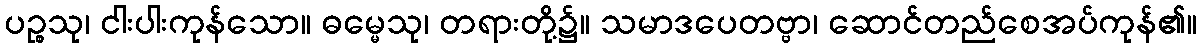
ပဉ္စသု၊ ငါးပါးကုန်သော။ ဓမ္မေသု၊ တရားတို့၌။ သမာဒပေတဗ္ဗာ၊ ဆောင်တည်စေအပ်ကုန်၏။